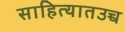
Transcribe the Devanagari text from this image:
साहित्यातउच्च